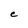
Character: e